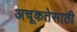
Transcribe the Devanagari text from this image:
अचूकतेसाठी